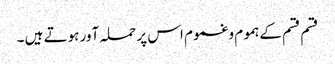
قسم قسم کےہموم وغموم اس پر حملہ آور ہوتے ہیں ۔